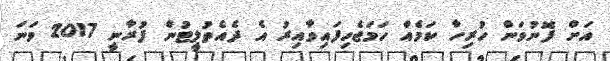
އަށް ފޮނުވަން ހުރިހާ ކަމެއް ހަމަޖެހިފައިވާއިރު އެ ދެއެތުލީޓުން ފުރާނީ 2017 ވަނަ